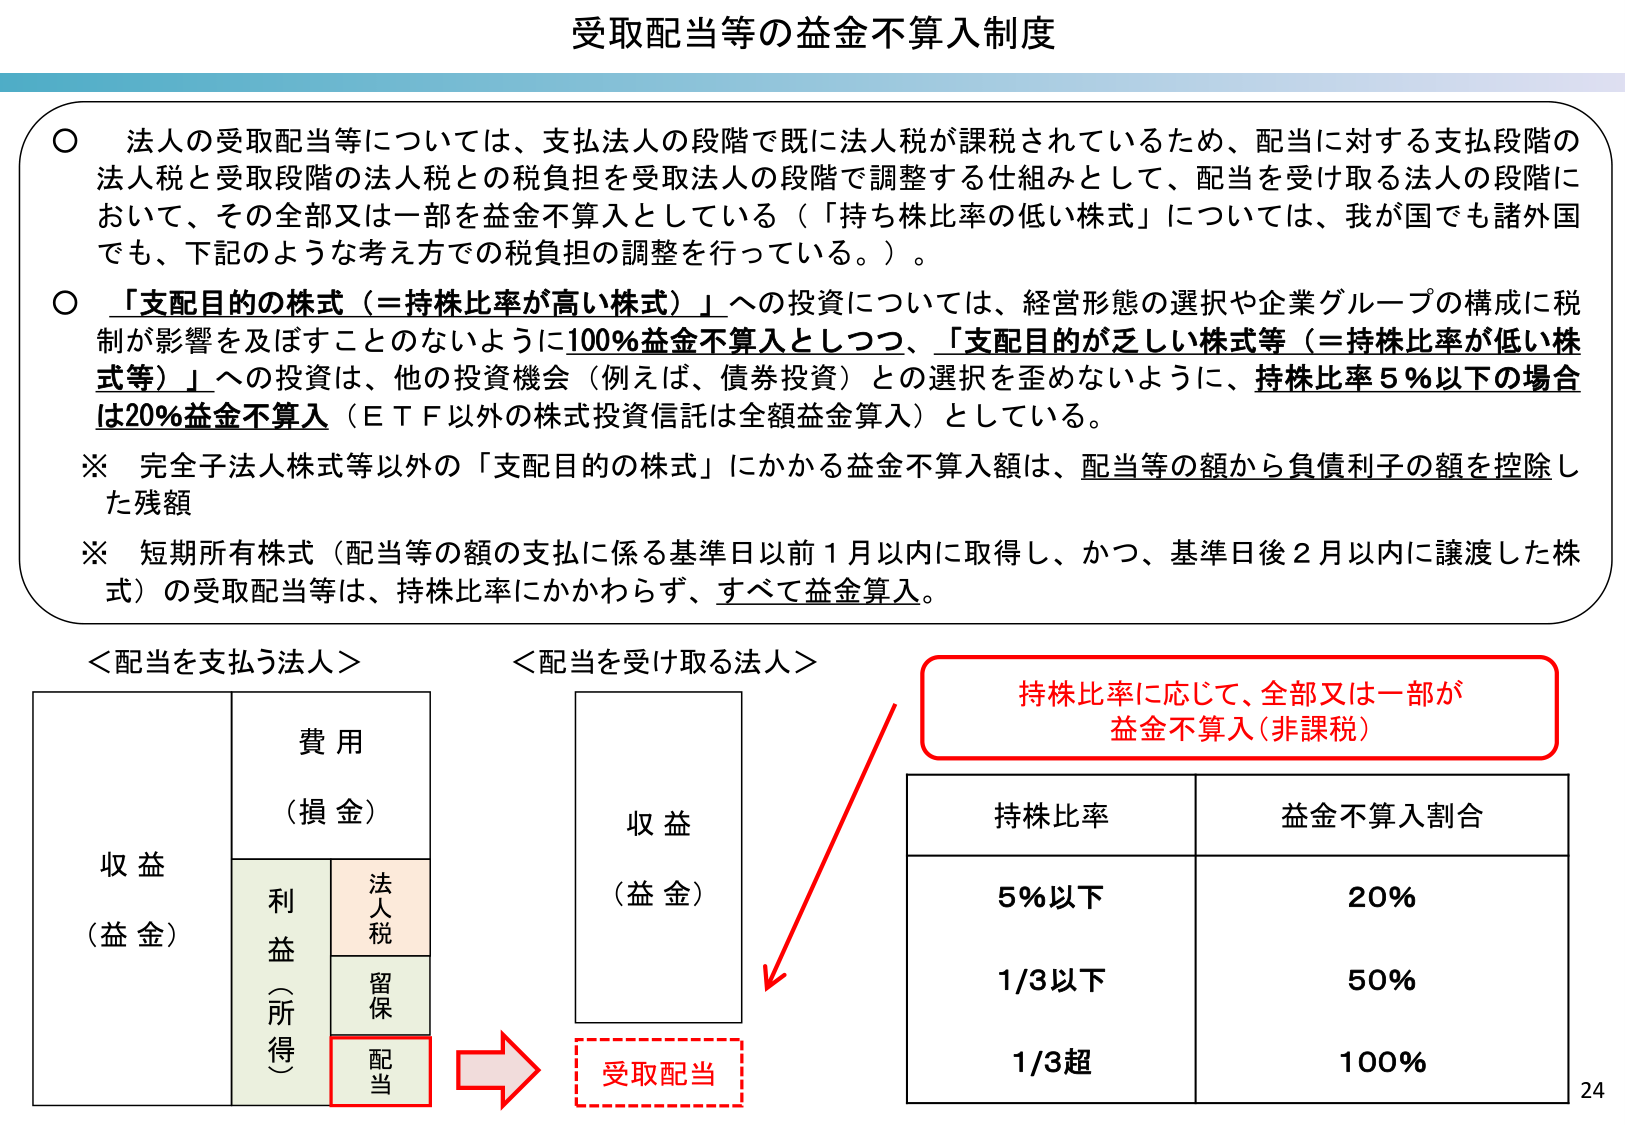
受取配当等の益金不算入制度

○ 法人の受取配当等については、支払法人の段階で既に法人税が課税されているため、配当に対する支払段階の法人税と受取段階の法人税との税負担を受取法人の段階で調整する仕組みとして、配当を受け取る法人の段階において、その全部又は一部を益金不算入としている（「持ち株比率の低い株式」については、我が国でも諸外国でも、下記のような考え方での税負担の調整を行っている。）。

○ 「支配目的の株式（＝持株比率が高い株式）」への投資については、経営形態の選択や企業グループの構成に税制が影響を及ぼすことのないように100％益金不算入としつつ、「支配目的が乏しい株式等（＝持株比率が低い株式等）」への投資は、他の投資機会（例えば、債券投資）との選択を歪めないように、持株比率5％以下の場合 は20％益金不算入（ＥＴＦ以外の株式投資信託は全額益金算入）としている。

※ 完全子法人株式等以外の「支配目的の株式」にかかる益金不算入額は、配当等の額から負債利子の額を控除した残額

※ 短期所有株式（配当等の額の支払に係る基準日以前1月以内に取得し、かつ、基準日後2月以内に譲渡した株式）の受取配当等は、持株比率にかかわらず、すべて益金算入。

＜配当を支払う法人＞
収益
（益金）
　　費用
　　（損金）
　　　　利益（所得）
　　　　　　法人税
　　　　　　留保
　　　　　　配当

＜配当を受け取る法人＞
収益
（益金）
→ 受取配当

持株比率に応じて、全部又は一部が
益金不算入（非課税）

持株比率　　　益金不算入割合
5％以下　　　　20％
1/3以下　　　　50％
1/3超　　　　100％

24